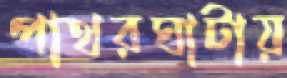
পাথরঘাটায়